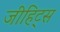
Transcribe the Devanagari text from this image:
जीहिट्स